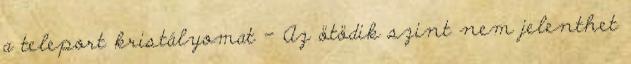
a teleport kristályomat – Az ötödik szint nem jelenthet